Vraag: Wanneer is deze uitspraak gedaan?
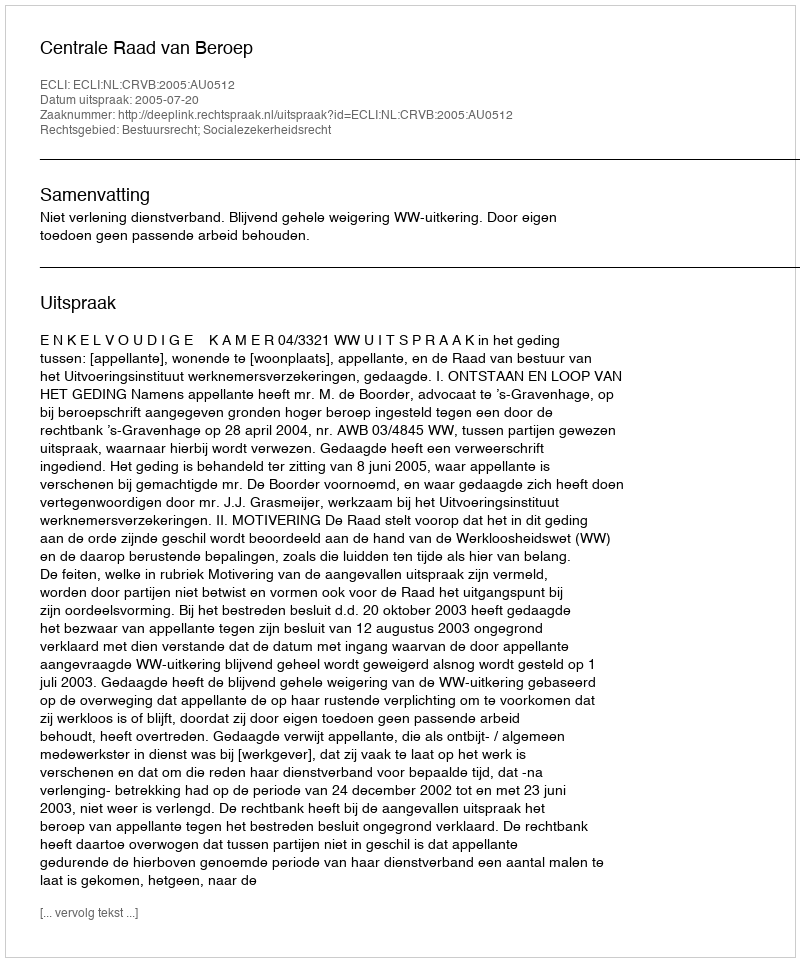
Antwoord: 2005-07-20